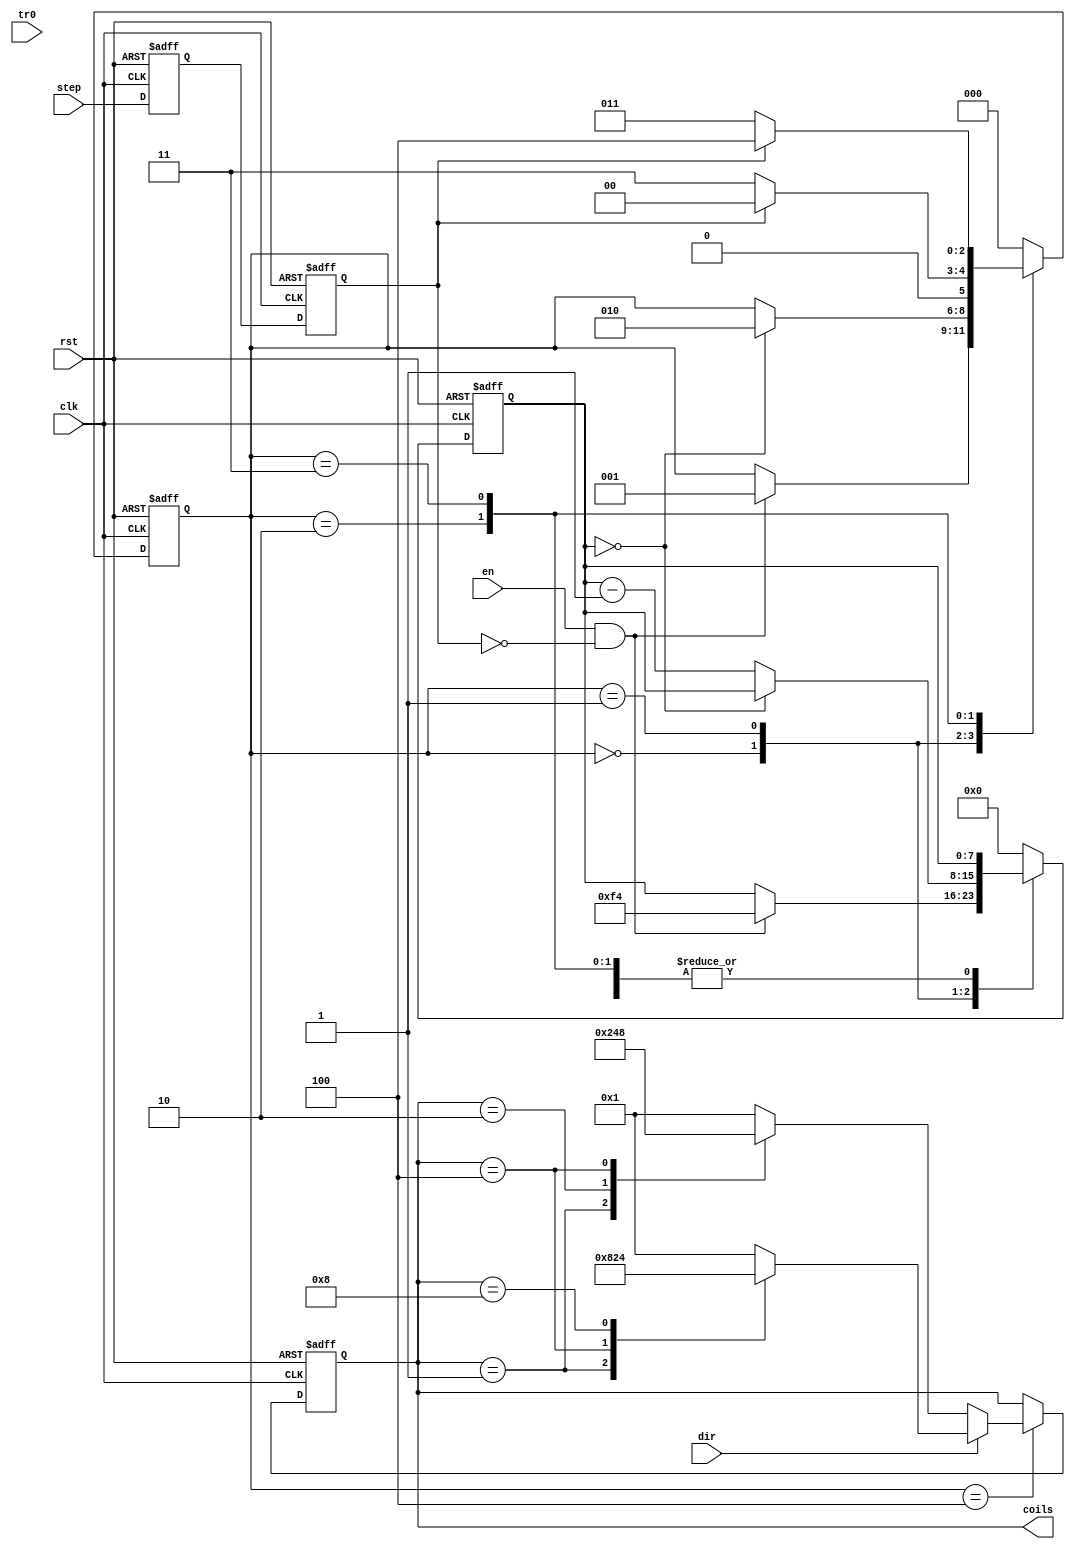
module step_driver_deb(
	input wire clk,
	input wire rst,

	input wire step,
	input wire dir,
	
	input wire tr0,
	input wire en,
	
	output wire [3:0] coils
	);
	
localparam DELAY_COUNT = 8'd500;
	
reg [3:0] coil_state_r, next_coil;

reg [7:0] count_r, next_count;

assign coils = coil_state_r;

reg [2:0] state_r, next_state;

reg step_del_r, step_r;
reg dir_del_r, dir_r;

always @(posedge clk, posedge rst) begin
	if(rst == 1'b1) begin
		coil_state_r <= 4'b0001;
		state_r <= 3'b000;
		count_r <= 8'b00000000;
		step_del_r <= 1'b1;
		step_r <= 1'b1;
		dir_del_r <= 1'b1;
		dir_r <= 1'b1;
	end else begin
		state_r <= next_state;
		coil_state_r <= next_coil;
		count_r <= next_count;
		
		// Dual flop for possible metastability on step signal
		step_del_r <= step;
		step_r <= step_del_r;
		
		// Dual flop for dir signal
		dir_del_r <= dir;
		dir_r <= dir_del_r;
	end
end

always @* begin
	next_state = state_r;
	next_coil = coil_state_r;
	next_count = count_r;
	
	case(state_r)
		3'b000: begin // START
			if((en == 1'b1) && (step_r == 1'b0)) begin // Pulse goes low and drive is enabled
				next_state = 3'b001; // Go to COUNT
				next_count = DELAY_COUNT; // Restart counter
			end
		end
		
		3'b001: begin // COUNT
			if(count_r == 8'd0) begin
				next_state = 3'b010; // Go to CHECK
			end else begin
				next_count = count_r - 8'b00000001;
			end
		end
		
		3'b010: begin // CHECK
			if(step_r == 1'b1) begin // Bounced
				next_state = 3'b000; // Go to START
			end else begin
				next_state = 3'b011; // Go to WAIT
			end
		end
		
		3'b011: begin // WAIT
			if(step_r == 1'b1) begin // Rising edge (0->1)
				next_state = 3'b100; // Go to STEP
			end else begin
				next_state = 3'b011; // Go to WAIT (loop)
			end
		end
		
		3'b100: begin // STEP
			if(dir == 1'b0) begin // LOW: step towards center, coils 1>2>3>4>1...
				case(coil_state_r)
					4'b0001: next_coil = 4'b0010;
					4'b0010: next_coil = 4'b0100;
					4'b0100: next_coil = 4'b1000;
					4'b1000: next_coil = 4'b0001;
					default: next_coil = 4'b0001;
				endcase
			end else if(dir == 1'b1) begin // && tr0 == 1'b0) begin // HIGH: step towards edge, coils 4>3>2>1>4...
				case(coil_state_r)
					4'b0001: next_coil = 4'b1000;
					4'b0010: next_coil = 4'b0001;
					4'b0100: next_coil = 4'b0010;
					4'b1000: next_coil = 4'b0100;
					default: next_coil = 4'b0001;
				endcase
			end
		
			next_state = 3'b000; // Go to START
		end
		
		default: begin
			next_state = 3'b000; // Go to START on undefined state
			next_count = 8'b0; // Clear counter
		end
	endcase
end

endmodule